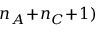
n _ { A } \! + \! n _ { C } \! + \! 1 )